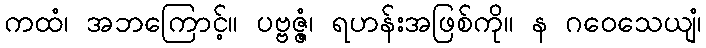
ကထံ၊ အဘကြောင့်။ ပဗ္ဗဇ္ဇံ၊ ရဟန်းအဖြစ်ကို။ န ဂဝေသေယျံ၊